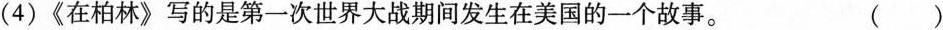
(4)《在柏林》写的是第一次世界大战期间发生在美国的一个故事。()